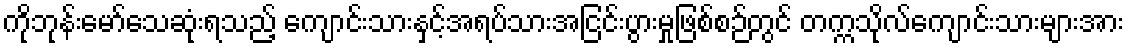
ကိုဘုန်းမော်သေဆုံးရသည့် ကျောင်းသားနှင့်အရပ်သားအငြင်းပွားမှုဖြစ်စဉ်တွင် တက္ကသိုလ်ကျောင်းသားများအား